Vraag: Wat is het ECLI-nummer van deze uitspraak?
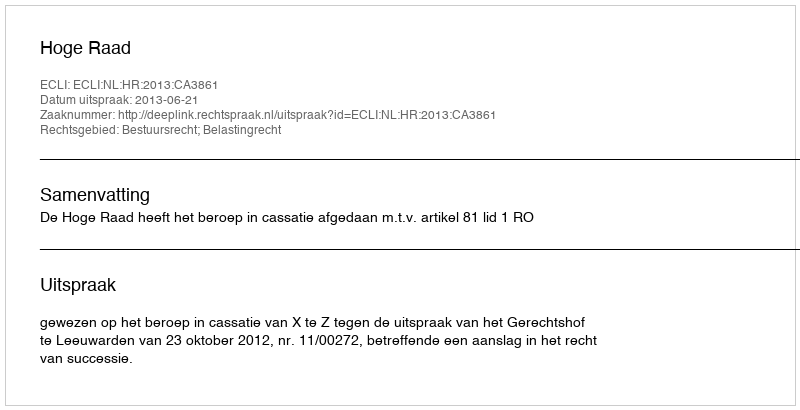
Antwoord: ECLI:NL:HR:2013:CA3861